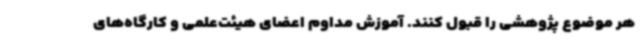
هر موضوع پژوهشی را قبول کنند. آموزش مداوم اعضای هیئت‌علمی و کارگاه‌های